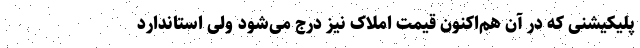
پلیکیشنی که در آن هم‌اکنون قیمت املاک نیز درج می‌شود ولی استاندارد